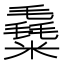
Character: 𥼛